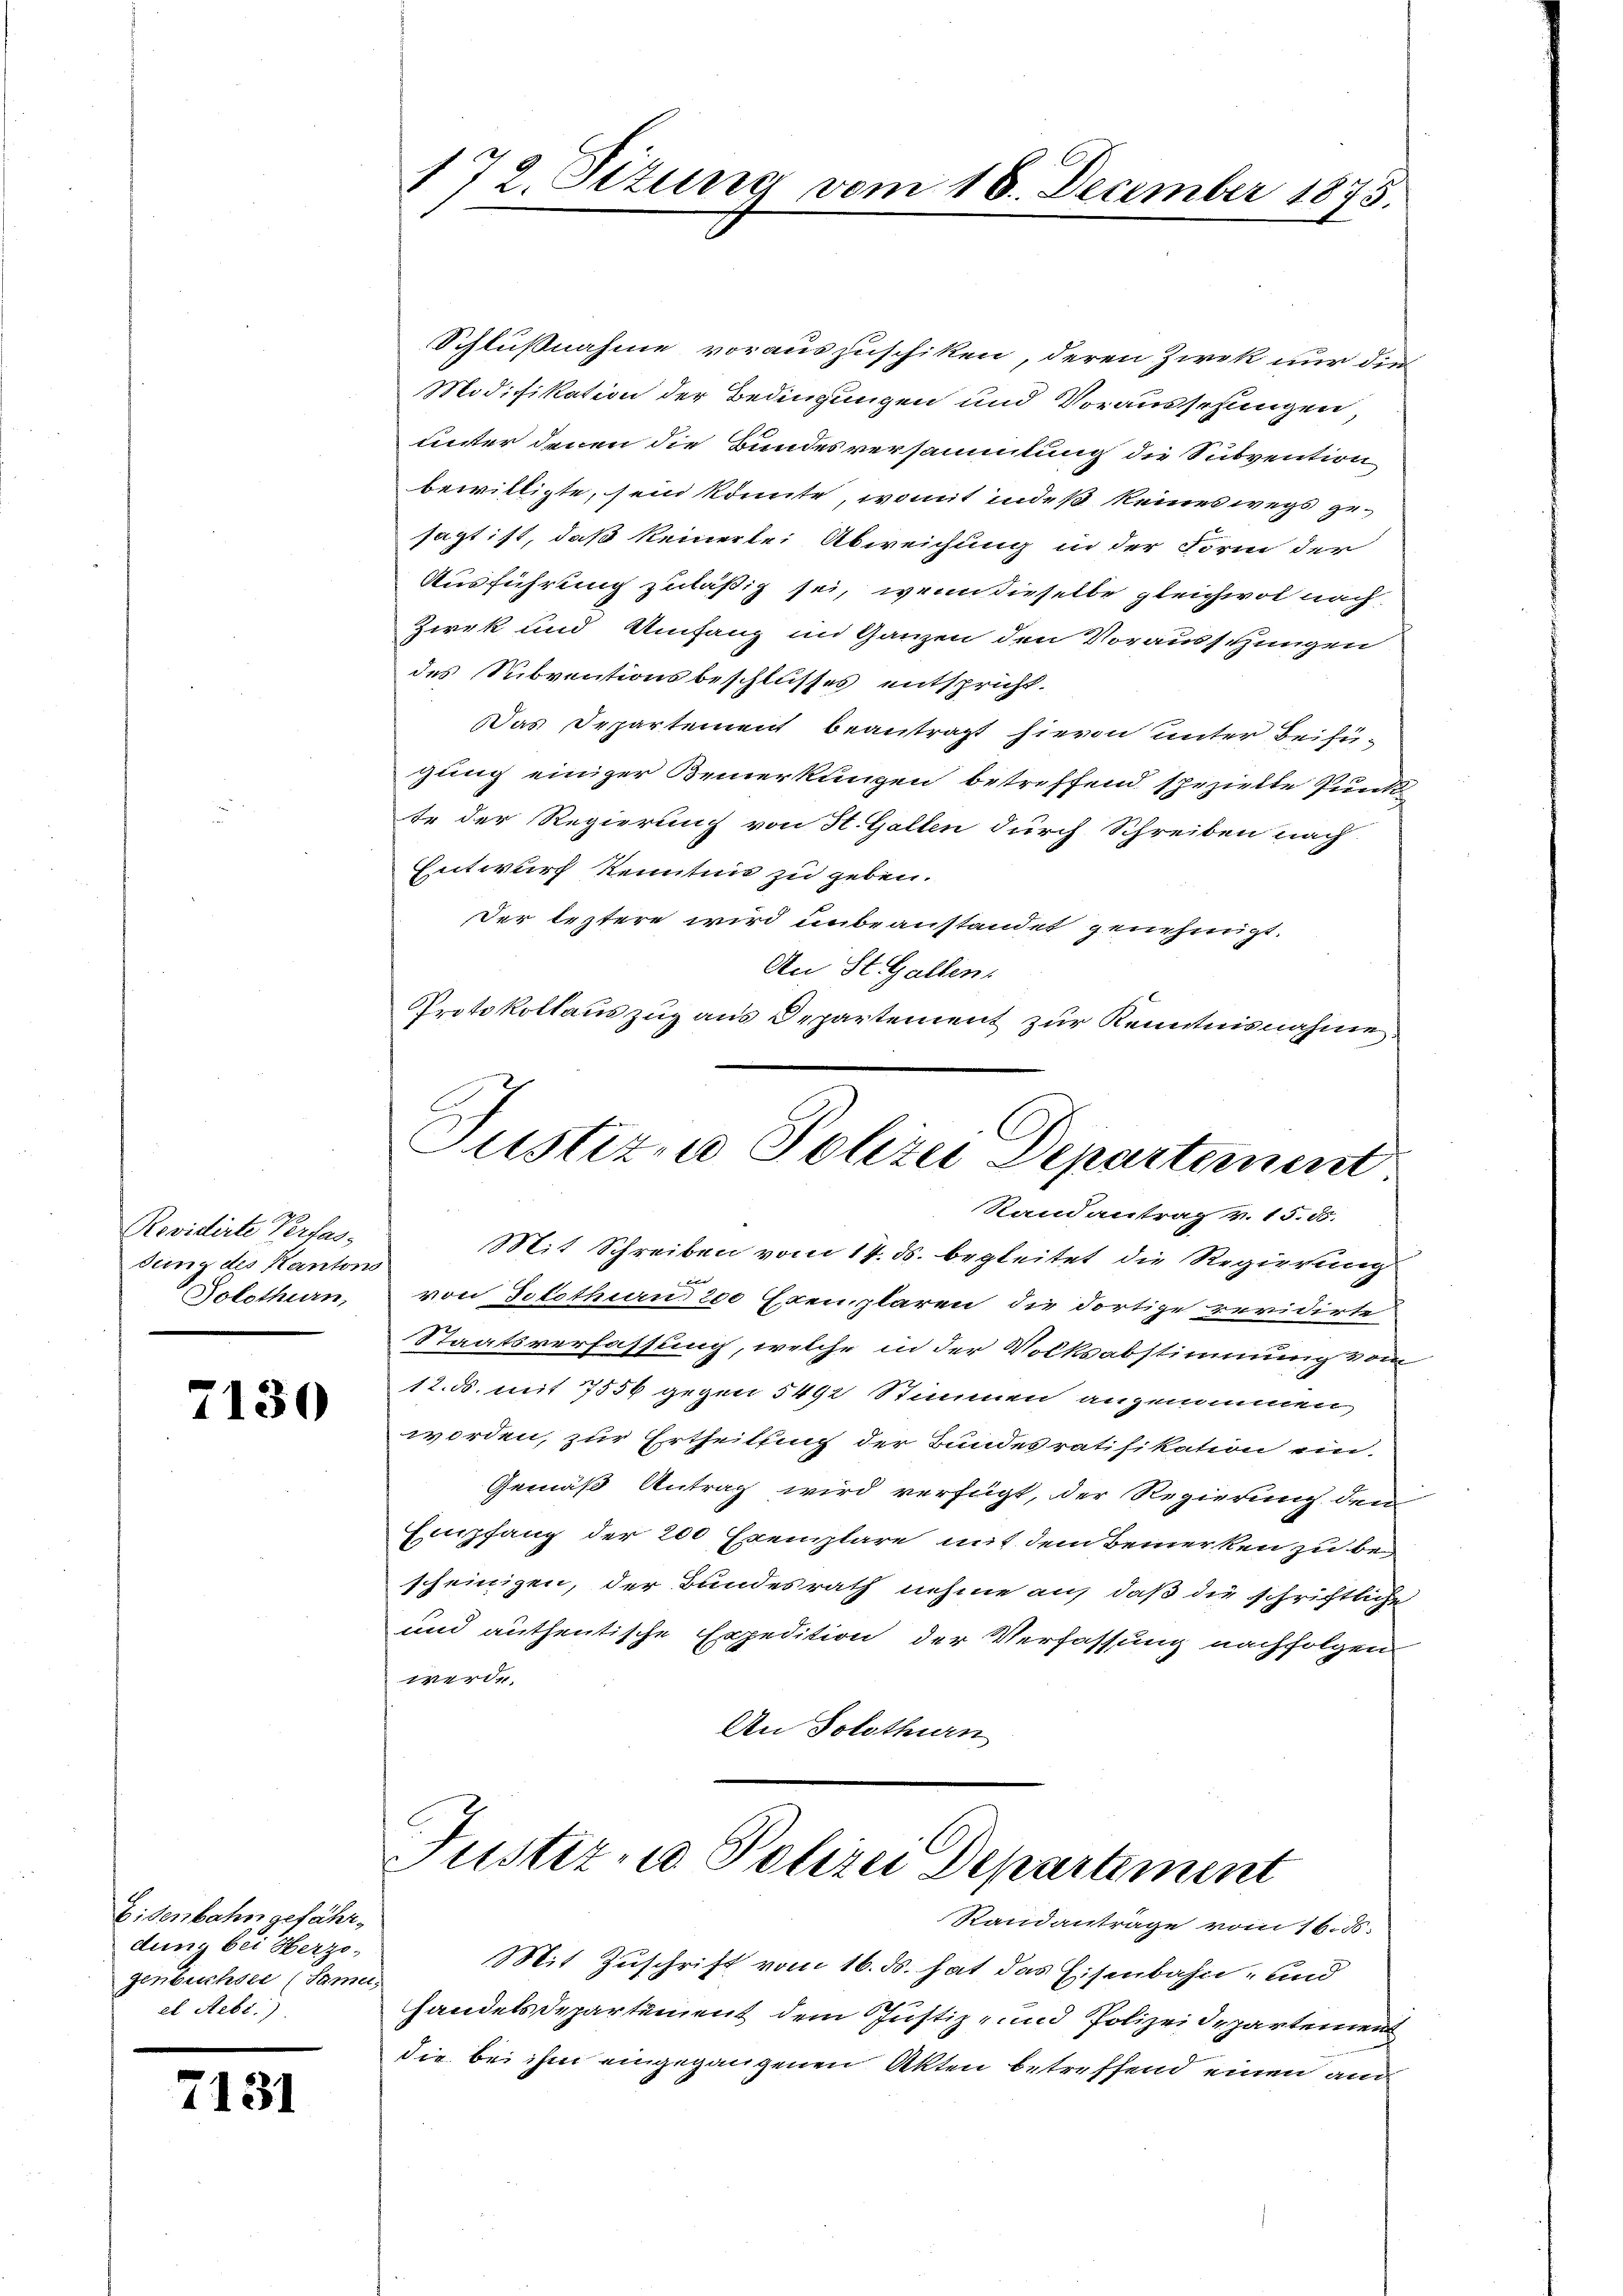
Revidirte Verfas-
dung des Kantons
Solothurn,

7130

Eisenbahn gefährdung bei Herzogenbuchsel (Sami,
el Rebi.).

1131

Schlußnahme vorauszuschiken, deren Zwek nur die
Modifikation der Bedingungen und Voraussehungen
unter denen die Bundesversammlung die Subvention
bewilligte, sein könnte, womit indeß keines wegs gesagt ist, daß keinerlei Abweichung in der Form der
Ausführung zuläßig sei, wenn dieselbe gleichwol nach
Zirk und Umfang im Ganzen den Vorausschungen
des Subventionsbeschlusses entspricht.
Das Departement beantragt hievon unter Beifügung einiger Bemerkungen betreffend spezielle Punk
te der Regierung von St. Gallen durch Schreiben nach
Entwurf Kenntnis zu geben.
Der leztere wird unbeanstandet genehmigt.
An St. Gallen.
Protokollauszug aus Departement zur Kenntnisnahme.

172. Sizung vom 18. December 1875.

Justizme Polizei Departement
Randantrag v. 15. 55.

Mit Schreiben vom 17. ds. begleitet die Regierung
r
von Solothurn 200 Exemplaren die dortige revidirte
Staatsverfassung, welche in der Volksabstimmung vom
12. ds. mit 7556 gegen 5492 Stimmen angenommen
worden, zur Ertheilung der Bundesratifikation ein-
Gemäß Antrag wird verfügt, der Regierung dem
Empfang der 200 Exemplare mit dem Bemerken zu bescheinigen, der Bundesrath nehme auf, daß die schriftliche
und authentische Expedition der Verfassung nachfolgen
werde.
An Solothurn

Justiz- u Polizei Departement
Randantrage vom 16. 5.

Mit Zuschrift vom 16. ds. hat das Eisenbahn- und
handelsdepartement dem Justiz- und Polizeidepartement
die bei ihm eingegangenen Akten betreffend einen am